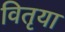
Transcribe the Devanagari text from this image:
वितृया